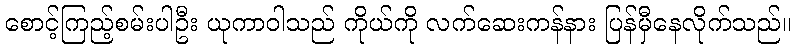
စောင့်ကြည့်စမ်းပါဦး ယုကာဝါသည် ကိုယ်ကို လက်ဆေးကန်နား ပြန်မှီနေလိုက်သည်။